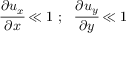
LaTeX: { \cfrac { \partial u _ { x } } { \partial x } } \ll 1 ~ ; ~ ~ { \cfrac { \partial u _ { y } } { \partial y } } \ll 1